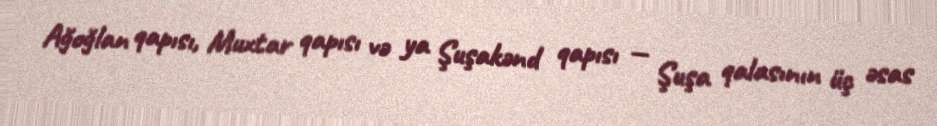
Ağoğlan qapısı, Muxtar qapısı və ya Şuşakənd qapısı — Şuşa qalasının üç əsas